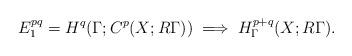
LaTeX: \begin{align*} E_1^{pq} = H^q(\Gamma; C^p(X; R\Gamma)) \implies H_\Gamma^{p+q}(X; R\Gamma). \end{align*}